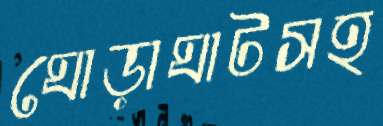
ঘোড়াঘাটসহ